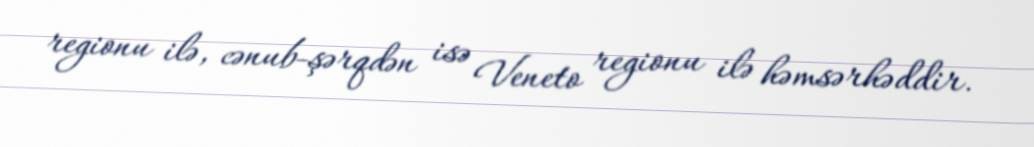
regionu ilə, cənub-şərqdən isə Veneto regionu ilə həmsərhəddir.